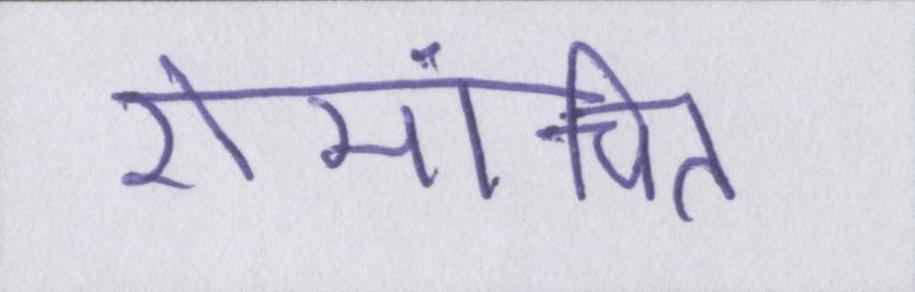
रोमांचित